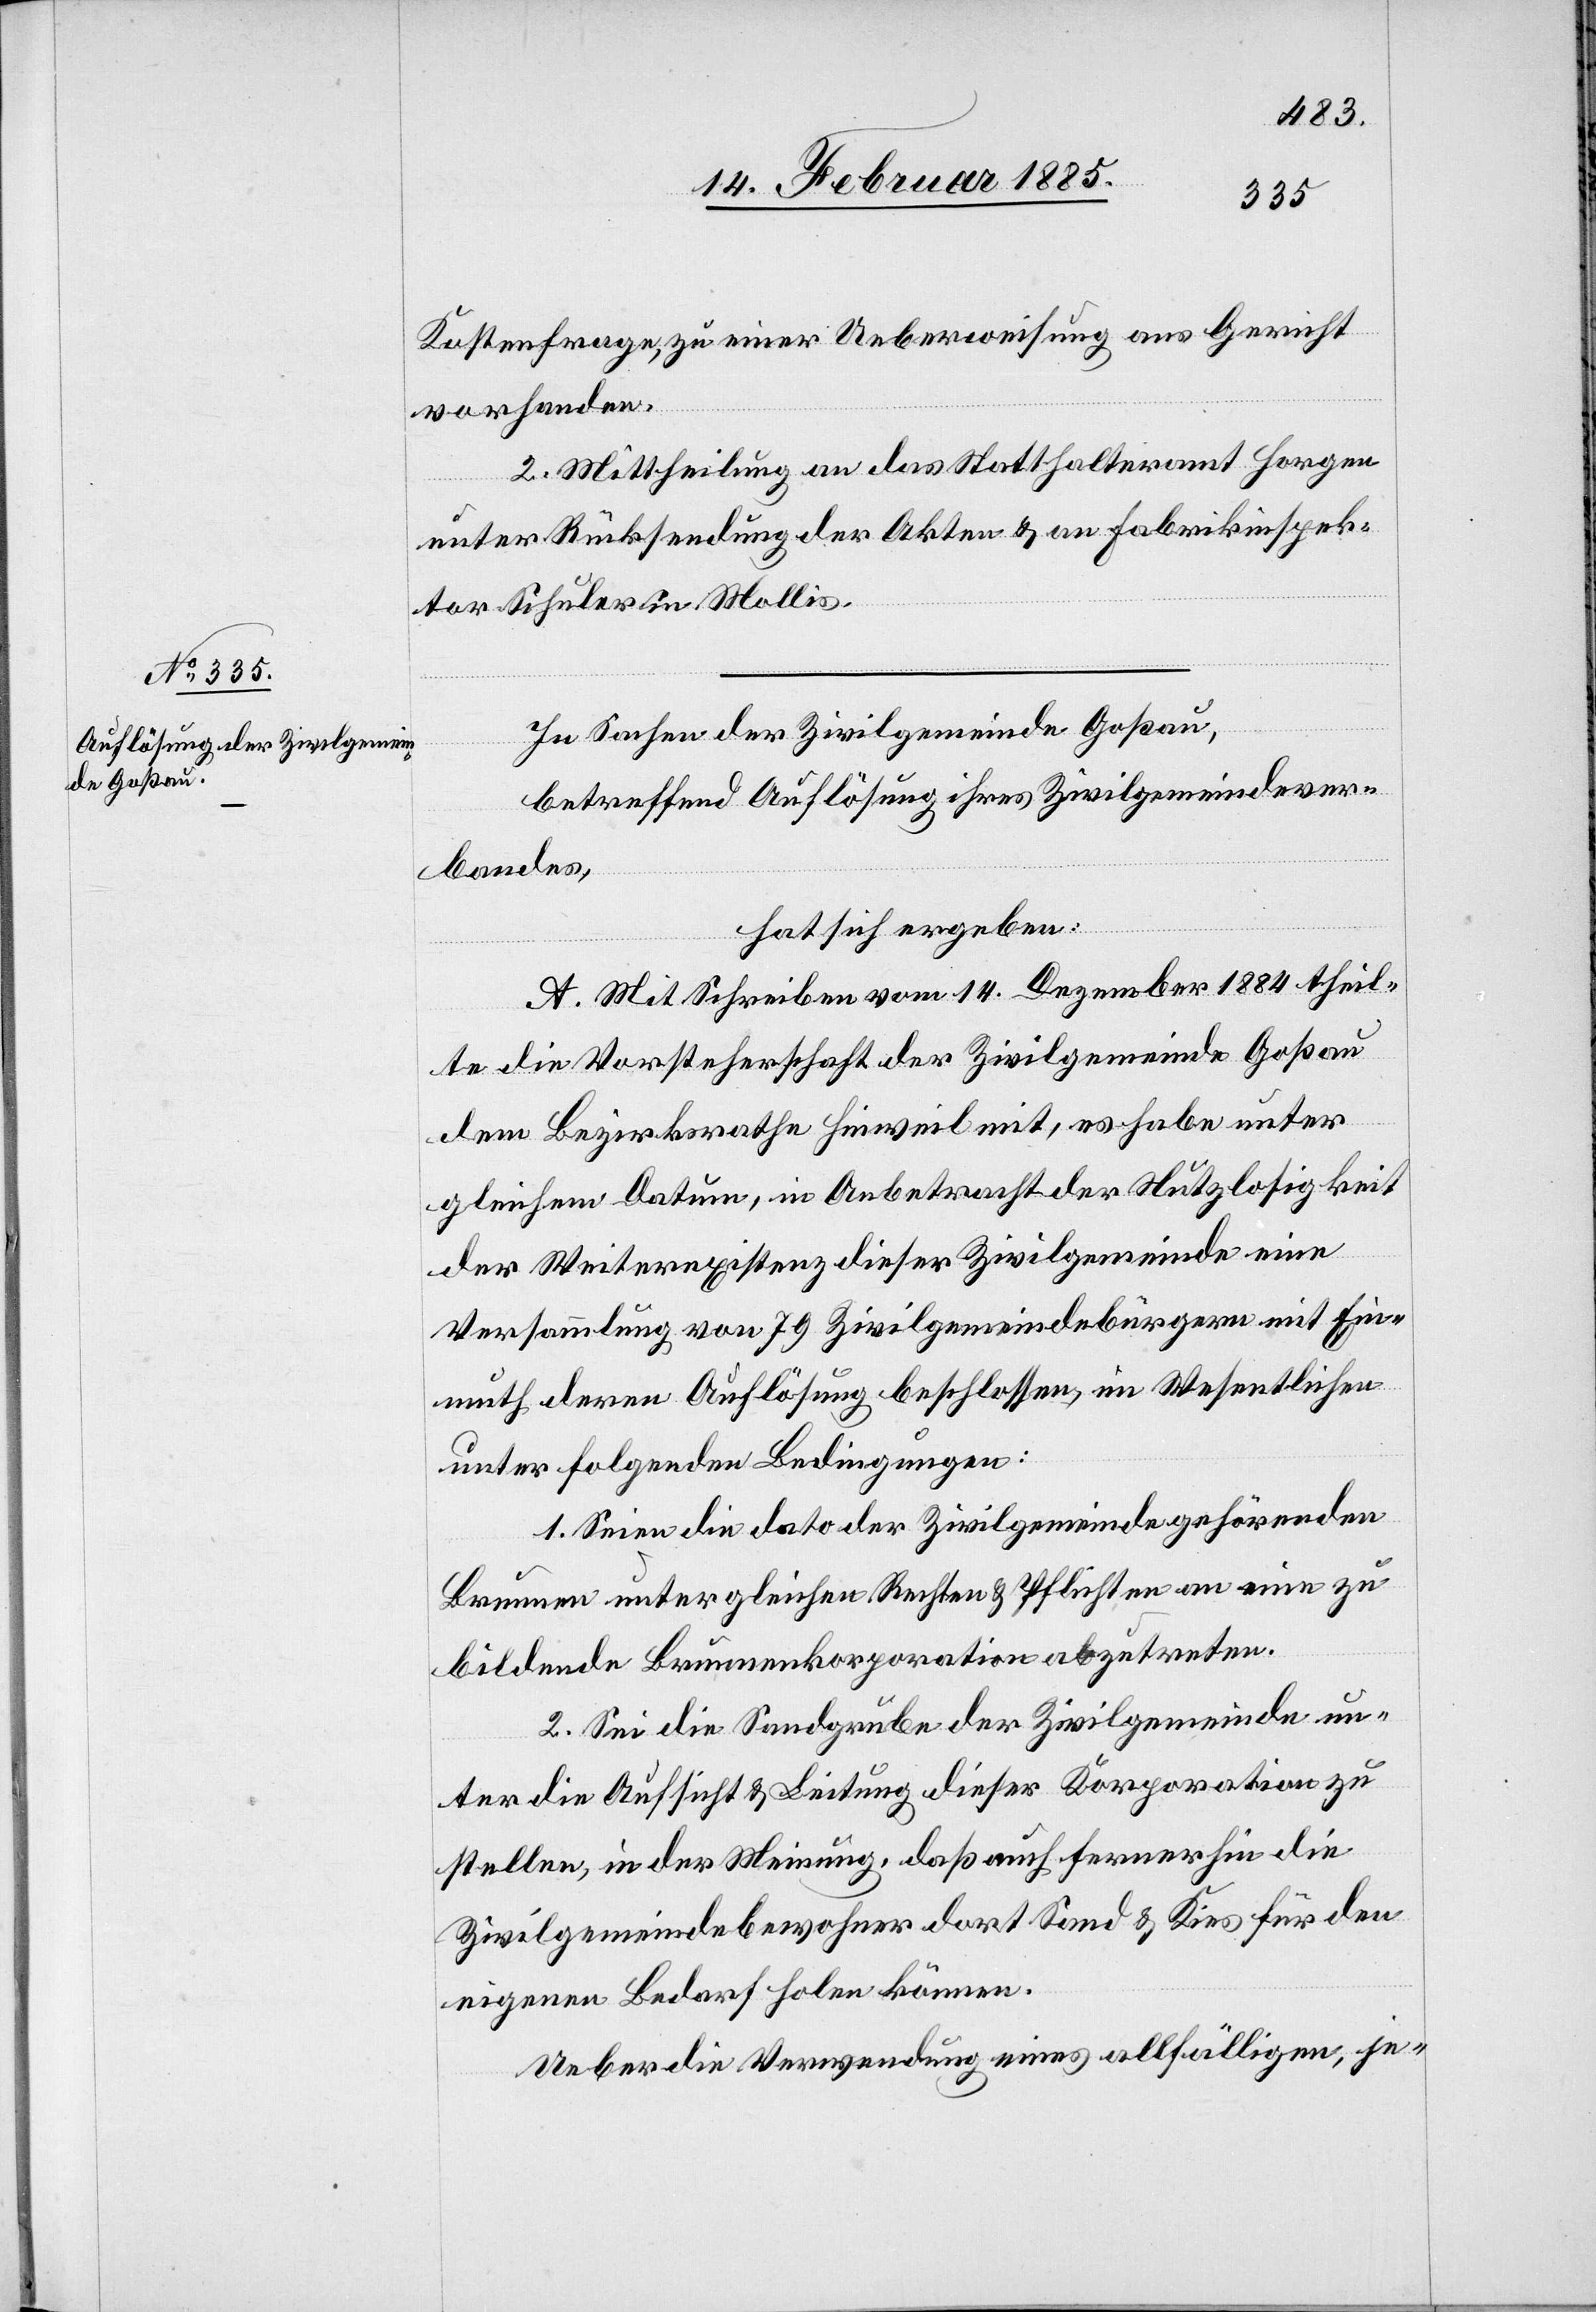
Kostenfrage, zu einer Ueberweisung ans Gericht
vorhanden.
2. Mittheilung an das Statthalteramt Horgen
unter Rücksendung der Akten & an Fabrikinspek¬
tor Schuler in Mollis.
In Sachen der Zivilgemeinde Goßau,
betreffend Auflösung ihres Zivilgemeindever¬
bandes,
hat sich ergeben:
A. Mit Schreiben vom 14. Dezember 1884 theil¬
te die Vorsteherschaft der Zivilgemeinde Goßau
dem Bezirksrathe Hinweil mit, es habe unter
gleichem Datum, in Anbetracht der Nutzlosigkeit
der Weiterexistenz dieser Zivilgemeinde eine
Versammlung von 79 Zivilgemeindebürgern mit Ein¬
muth deren Auflösung beschlossen, im Wesentlichen
unter folgenden Bedingungen.
1. Seien die dato der Zivilgemeinden gehörenden
Brunnen unter gleichen Rechten & Pflichten an eine zu
bildende Brunnenkorporation abzutreten.
2. Sei die Sandgrube der Zivilgemeinde un¬
ter die Aufsicht & Leitung dieser Korporation zu
stellen, in der Meinung daß auch fernerhin die
Zivilgemeindebewohner dort Sand & Kies für den
eigenen Bedarf holen können.
Ueber die Verwendung eines allfälligen, je-